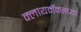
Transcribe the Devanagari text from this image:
क्लायमॅक्सच्या